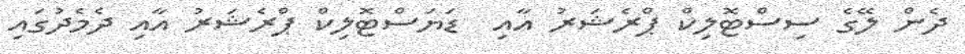
ދެން ލޭގެ ސިސްޓޮލިކް ޕްރެޝަރު އާއި  ޑަޔަސްޓޮލިކް ޕްރެޝަރު އާއި ދެމެދުގައި